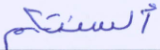
ألسنتكم